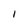
Character: I